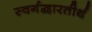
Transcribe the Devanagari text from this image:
स्वर्गद्वारतीर्थ